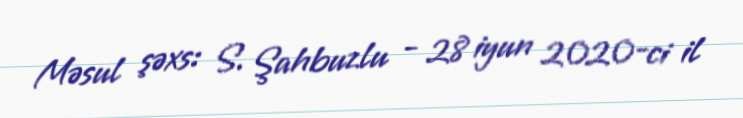
Məsul şəxs: S. Şahbuzlu - 28 iyun 2020-ci il